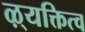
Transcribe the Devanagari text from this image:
ऴ्यक्तित्व